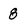
Character: 8